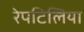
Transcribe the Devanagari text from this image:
रेपटिलिया